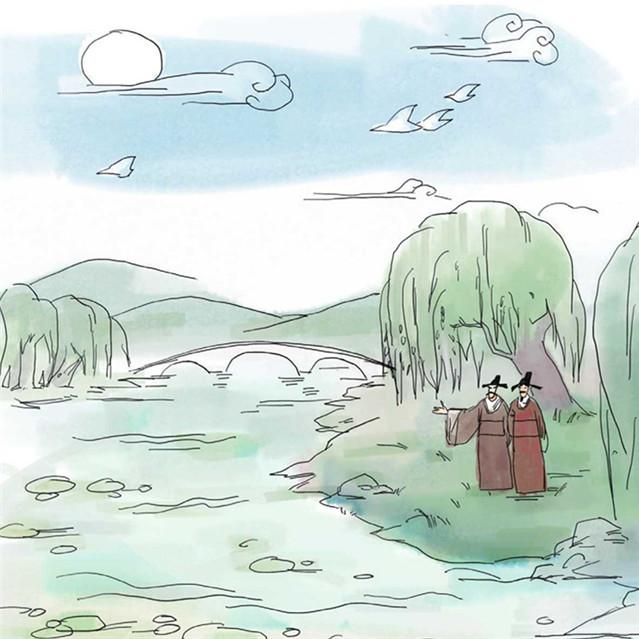
剑河风急雪片阔，沙口石冻马蹄脱。